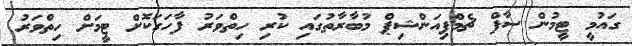
ގައުމީ ޓީމުން ސާފް ޗެމްޕިއަންޝިޕް މުބާރާތުގައި ކުރި ހިތްވަރު ފާހަގަކޮށް ޓީމަށް ހިތްވަރު